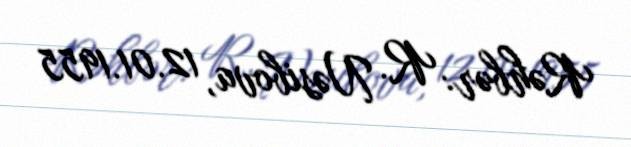
Rəhbər: R. Nəsibova, 12.01.1955